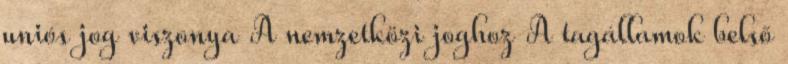
uniós jog viszonya A nemzetközi joghoz A tagállamok belső